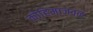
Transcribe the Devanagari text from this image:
कोहिमाजवळ